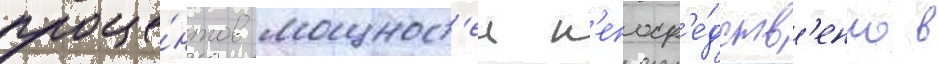
проце́нтов мощност'еи н'епоср'е́дств'енно в